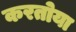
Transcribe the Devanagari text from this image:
करतोया